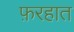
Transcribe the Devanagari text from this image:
फ़रहात